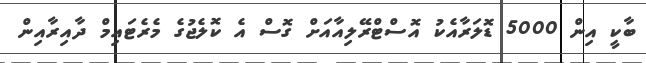
ބާކީ އިން 5000 ޑޮލަރާއެކު އޮސްޓްރޭލިއާއަށް ގޮސް އެ ކޮލެޖުގެ މެރެޓައިމް ދާއިރާއިން